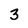
Character: 3